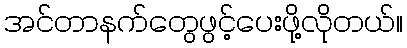
အင်တာနက်တွေဖွင့်ပေးဖို့လိုတယ်။